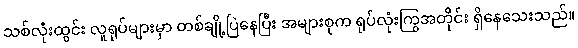
သစ်လုံးထွင်း လူရုပ်များမှာ တစ်ချို့ပြဲနေပြီး အများစုက ရုပ်လုံးကြွအတိုင်း ရှိနေသေးသည်။